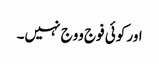
اور کوئی فوج ووج نہیں۔